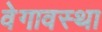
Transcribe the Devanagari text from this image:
वेगावस्था